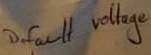
Text: Default voltage